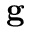
\mathbf { g }